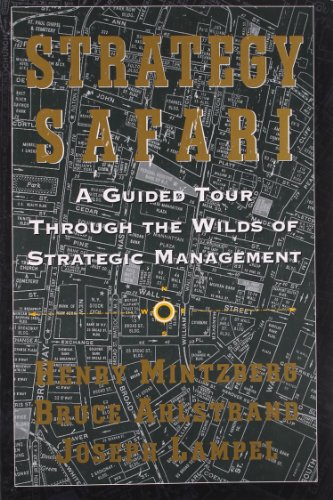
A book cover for Strategy Safari: A Guided Tour Through The Wilds of Strategic Management; Henry Mintzberg; Business & Money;